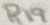
Text: R19